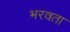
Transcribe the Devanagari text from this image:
भरवता